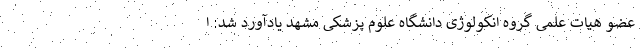
عضو هیات علمی گروه انکولوژی دانشگاه علوم پزشکی مشهد یادآورد شد: ا